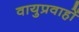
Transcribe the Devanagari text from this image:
वायुप्रवाहों